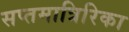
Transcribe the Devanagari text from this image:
सप्तमात्रिरिका